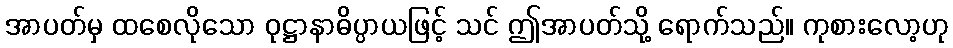
အာပတ်မှ ထစေလိုသော ဝုဋ္ဌာနာဓိပ္ပာယဖြင့် သင် ဤအာပတ်သို့ ရောက်သည်။ ကုစားလော့ဟု